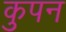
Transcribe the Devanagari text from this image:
कुपन